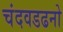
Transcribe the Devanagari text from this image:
चंदवडढनो